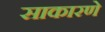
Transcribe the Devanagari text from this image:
साकारणे